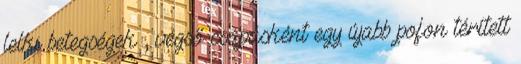
lelki betegségek , végső csapásként egy újabb pofon térített